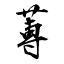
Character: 蒪